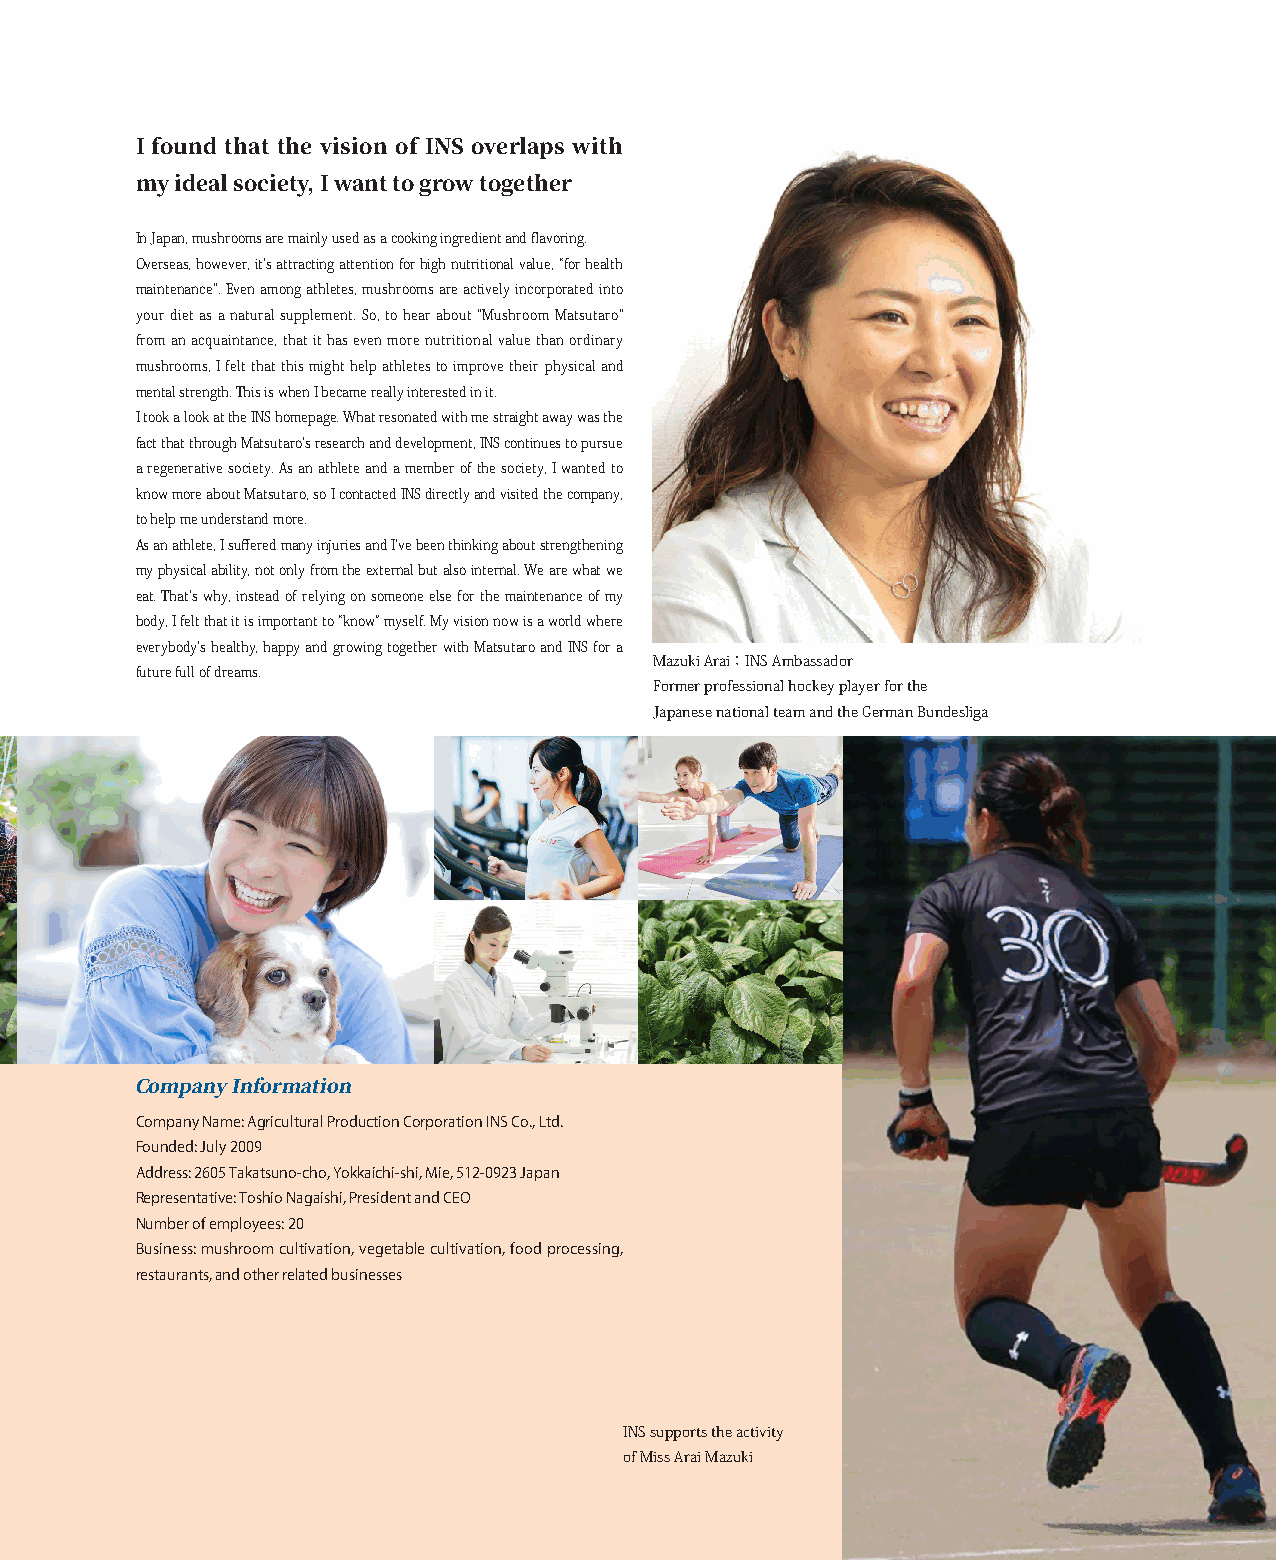
I found that the vision of INS overlaps with
 my ideal society, I want to grow together
 In Japan, mushrooms are mainly used as a cooking ingredient and flavoring.
 Overseas, however, it’s attracting attention for high nutritional value, “for health
 maintenance". Even among athletes, mushrooms are actively incorporated into
 your diet as a natural supplement. So, to hear about "Mushroom Matsutaro"
 from an acquaintance, that it has even more nutritional value than ordinary
 mushrooms, I felt that this might help athletes to improve their physical and
 mental strength. This is when I became really interested in it.
 I took a look at the INS homepage. What resonated with me straight away was the
 fact that through Matsutaro's research and development, INS continues to pursue
 a regenerative society. As an athlete and a member of the society, I wanted to
 know more about Matsutaro, so I contacted INS directly and visited the company,
 to help me understand more.
 As an athlete, I suffered many injuries and I've been thinking about strengthening
 my physical ability, not only from the external but also internal. We are what we
 eat. That's why, instead of relying on someone else for the maintenance of my
 body, I felt that it is important to “know” myself. My vision now is a world where
 everybody’s healthy, happy and growing together with Matsutaro and INS for a
 Mazuki Arai：INS Ambassador
 future full of dreams.
 Former professional hockey player for the
 Japanese national team and the German Bundesliga
 Company Information
 Company Name: Agricultural Production Corporation INS Co., Ltd.
 Founded: July 2009
 Address: 2605 Takatsuno-cho, Yokkaichi-shi, Mie, 512-0923 Japan
 Representative: Toshio Nagaishi, President and CEO
 Number of employees: 20
 Business: mushroom cultivation, vegetable cultivation, food processing,
 restaurants, and other related businesses
 INS supports the activity
 of Miss Arai Mazuki